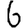
Digit: 6